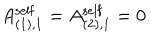
A _ { ( 1 ) , 1 } ^ { \mathrm { s e l f } } = A _ { ( 2 ) , 1 } ^ { \mathrm { s e l f } } = 0 .